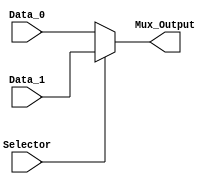
/**************************************************************************************
*	Description
*		This is a 2 to 1 multiplexer that can be parameterized in it's bit-width.
*		1.0
*	Author:
*		Ing. Flix Godoy Martnez
*	Date:
*		26/06/20
***************************************************************************************/

module Mux_Two_To_One
#(
	parameter N_BITS = 8
)
(
	// Input Ports
	input Selector,
	input [N_BITS-1 : 0] Data_0,
	input [N_BITS-1 : 0] Data_1,
	
	// Output Ports
	output [N_BITS-1 : 0] Mux_Output

);

reg [N_BITS-1 : 0]Mux_Output_reg = 0;

always @(*) 
begin
    if (Selector)
		Mux_Output_reg = Data_1;
	 else
		Mux_Output_reg = Data_0;
end

assign Mux_Output = Mux_Output_reg;
endmodule